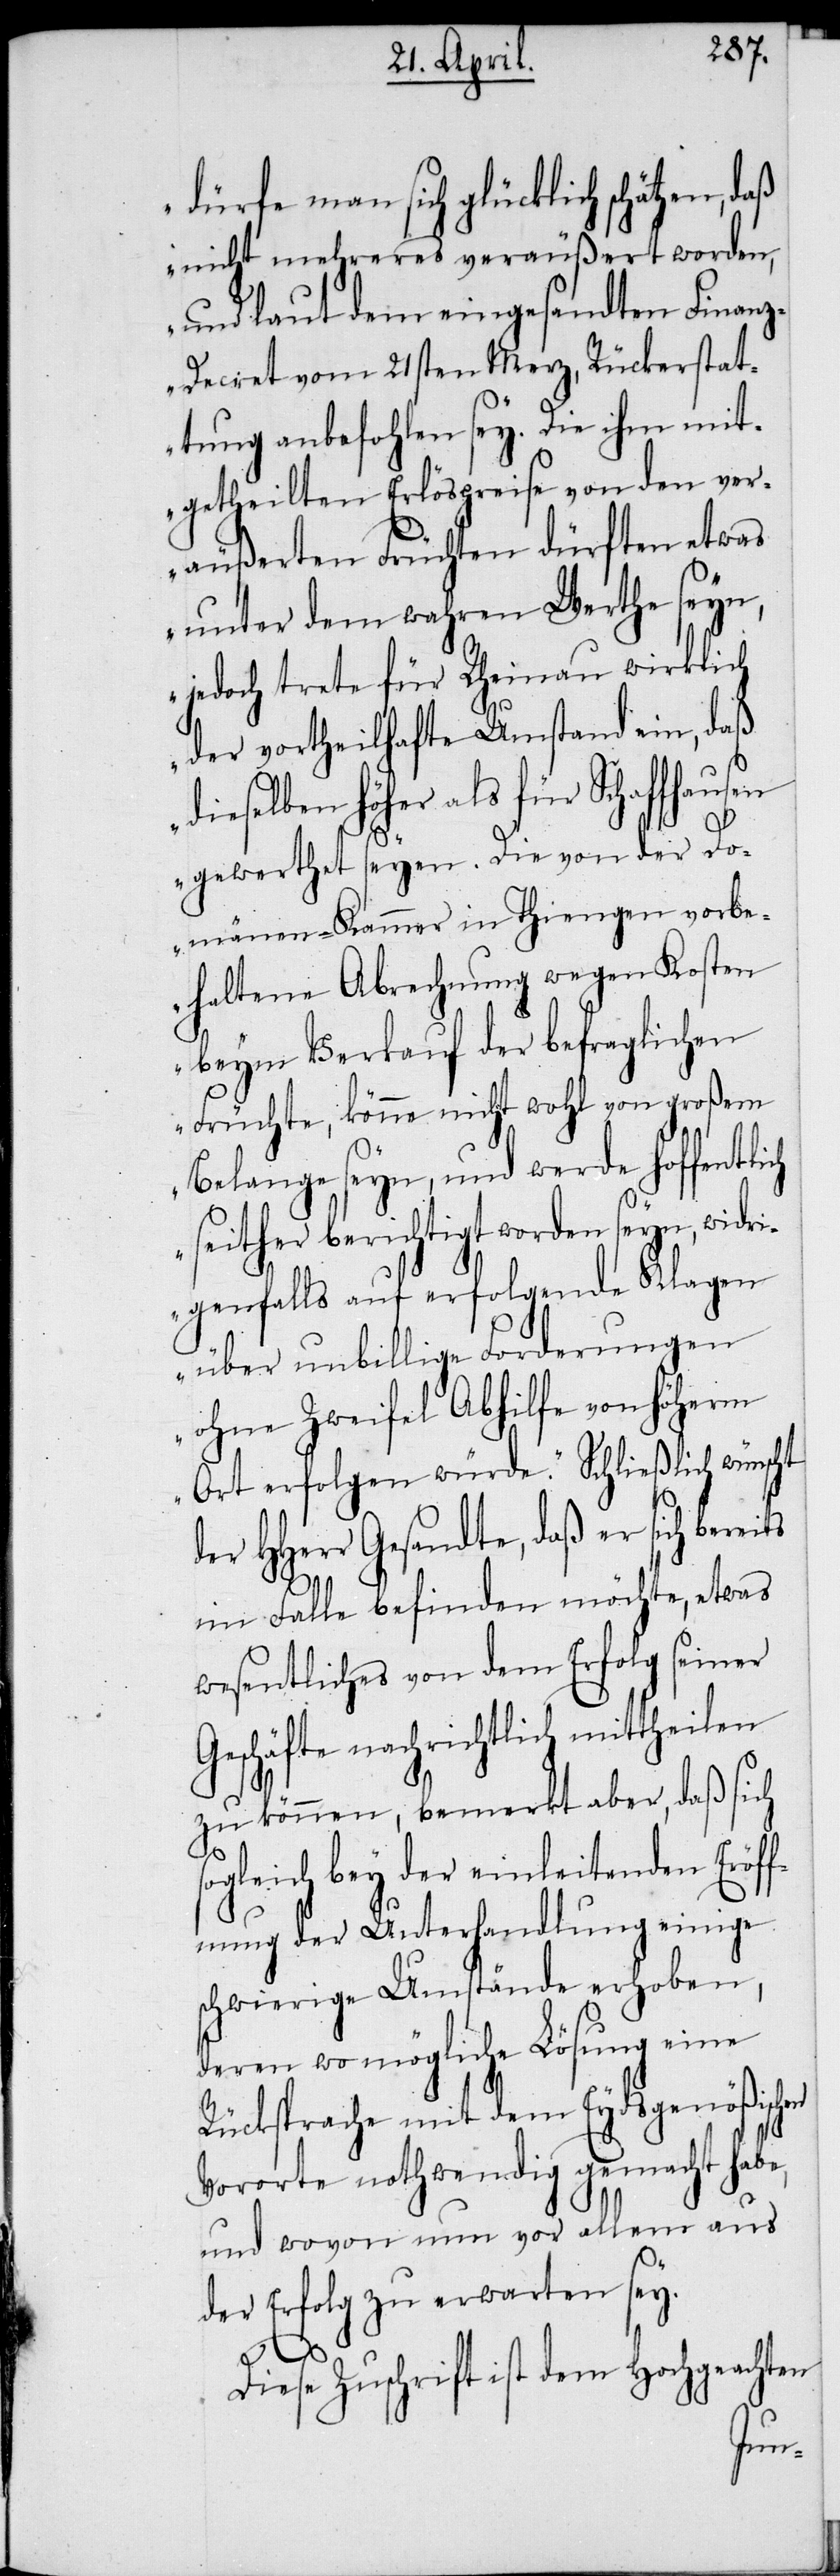
dürfe man sich glücklich schätzen,
nicht mehreres veräußert worden,
und laut dem eingesandten Finan¬
z-Decret vom 21sten Merz, Rückerstat¬
tung anbefohlen sey. Die ihm mit¬
getheilten Erlöspreise von den ver¬
äußerten Früchten dürften etwas
unter dem wahren Werthe seyn,
jedoch trete für Rheinau wirklich
der vortheilhafte Umstand ein, daß
dieselben höher als für Schaffhausen
gewerthet seyen. Die von der Do¬
mänen-Kammer in Thiengen vorbe¬
haltene Abrechnung wegen Kosten
beym Verkauf der befraglichen
Früchte, könne nicht wohl von großem
Belange seyn, und werde hoffentli¬
seither berichtigt worden seyn,
igenfalls auf erfolgende Klagen
über unbillige Forderungen
ohne Zweifel Abhilfe von höherm
Ort erfolgen würde.“ Schließlich wünscht
HHerr Gesandte, daß er sich berei¬
ts
im Falle befinden möchte, etwas
wesentliches von dem Erfolg seiner
Geschäfte nachrichtlich mittheilen
zu können, bemerkt aber, daß sich
sogleich bey der einleitenden Eröff¬
nung der Unterhandlung einige
schwierige Umstände erhoben,
deren womögliche Lösung eine
Rücksprache mit dem Eydsgenößischen
Vororte nothwendig gemacht habe,
und wovon nun vor allem aus
der Erfolg zu erwarten sey.
ch
Diese Zuschrift ist dem Hochgeachten
widr¬